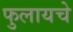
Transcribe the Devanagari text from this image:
फुलायचे